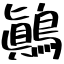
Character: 鷆